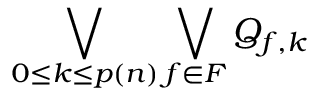
\bigvee _ { 0 \leq k \leq p ( n ) } \bigvee _ { f \in F } Q _ { f , k }